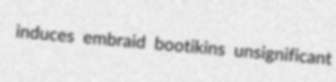
induces embraid bootikins unsignificant